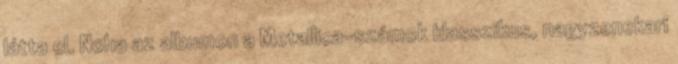
látta el. Noha az albumon a Metallica-számok klasszikus, nagyzenekari